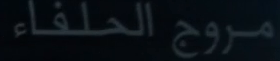
مروجِِِ الحلفاء